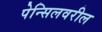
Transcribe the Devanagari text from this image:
पेन्सिलवरील